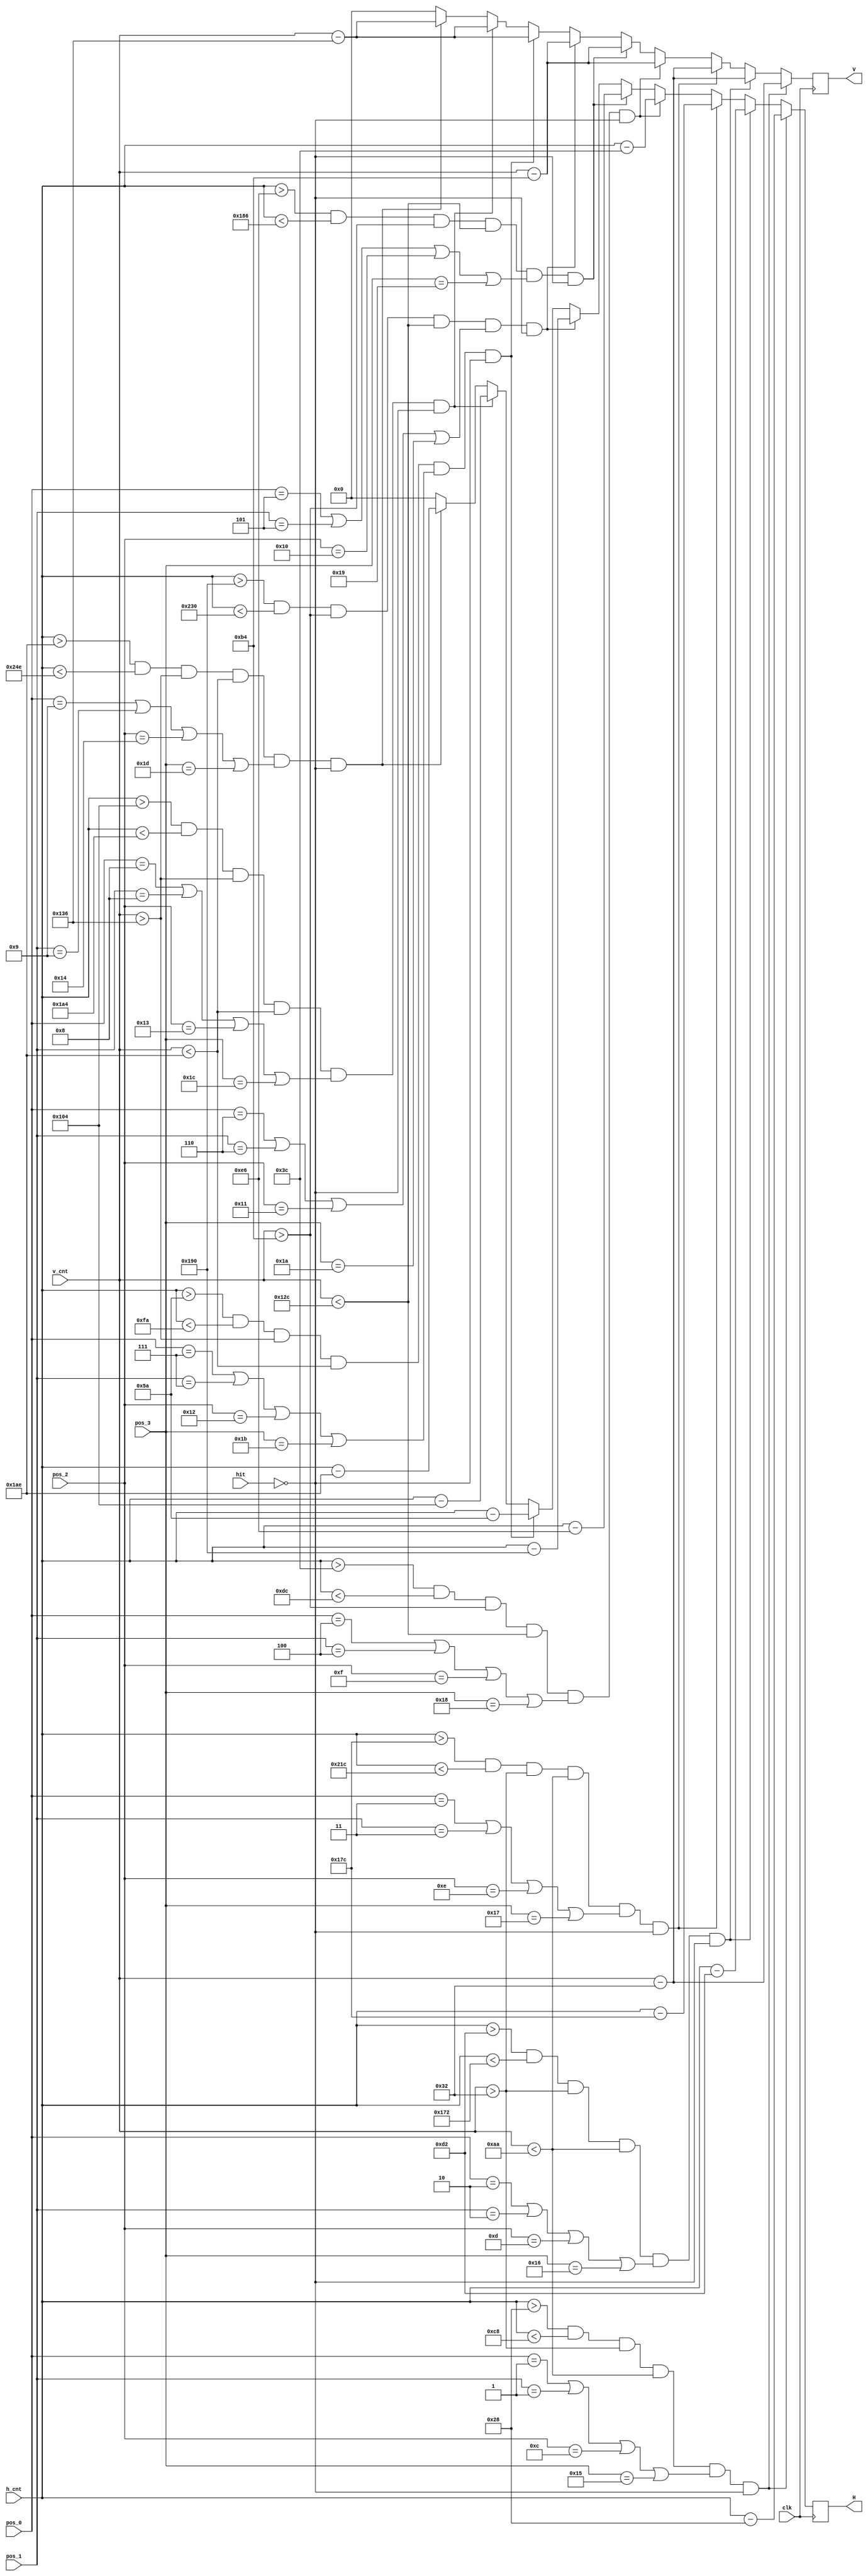
module enemy_pos (
    input clk,
    input [9:0] h_cnt,
    input [9:0] v_cnt,
    input [4:0] pos_0,
    input [4:0] pos_1,
    input [4:0] pos_2,
    input [4:0] pos_3,
    input hit,
    output reg [9:0] H,
    output reg [9:0] V
);

    reg [9:0] next_H, next_V;

    always @(posedge clk) begin
        H <= next_H;
        V <= next_V;
    end

    always @(*) begin
        // Q
        if(h_cnt > 40 && h_cnt < 200 && v_cnt > 50 && v_cnt < 170 && (pos_0 == 1 || pos_1 == 1 || pos_2 == 12 || pos_3 == 21) && !hit) begin
            next_H = h_cnt - 40;
            next_V = v_cnt - 50;
        end
        // W
        else if(h_cnt > 210 && h_cnt < 370 && v_cnt > 50 && v_cnt < 170 && (pos_0 == 2 || pos_1 == 2 || pos_2 == 13 || pos_3 == 22) && !hit) begin
            next_H = h_cnt - 210;
            next_V = v_cnt - 50;
        end
        // E
        else if(h_cnt > 380 && h_cnt < 540 && v_cnt > 50 && v_cnt < 170 && (pos_0 == 3 || pos_1 == 3 || pos_2 == 14 || pos_3 == 23) && !hit) begin
            next_H = h_cnt - 380;
            next_V = v_cnt - 50;
        end
        // A
        else if(h_cnt > 60 && h_cnt < 220 && v_cnt > 180 && v_cnt < 300 && (pos_0 == 4 || pos_1 == 4 || pos_2 == 15 || pos_3 == 24) && !hit) begin
            next_H = h_cnt - 60;
            next_V = v_cnt - 180;
        end
        // S
        else if(h_cnt > 230 && h_cnt < 390 && v_cnt > 180 && v_cnt < 300 && (pos_0 == 5 || pos_1 == 5 || pos_2 == 16 || pos_3 == 25) && !hit) begin
            next_H = h_cnt - 230;
            next_V = v_cnt - 180;
        end
        // D
        else if(h_cnt > 400 && h_cnt < 560 && v_cnt > 180 && v_cnt < 300 && (pos_0 == 6 || pos_1 == 6 || pos_2 == 17 || pos_3 == 26) && !hit) begin
            next_H = h_cnt - 400;
            next_V = v_cnt - 180;
        end
        // Z
        else if(h_cnt > 90 && h_cnt < 250 && v_cnt > 310 && v_cnt < 430 && (pos_0 == 7 || pos_1 == 7 || pos_2 == 18 || pos_3 == 27) && !hit) begin
            next_H = h_cnt - 90;
            next_V = v_cnt - 310;
        end
        // X
        else if(h_cnt > 260 && h_cnt < 420 && v_cnt > 310 && v_cnt < 430 && (pos_0 == 8 || pos_1 == 8 || pos_2 == 19 || pos_3 == 28) && !hit) begin
            next_H = h_cnt - 260;
            next_V = v_cnt - 310;
        end
        // C
        else if(h_cnt > 430 && h_cnt < 590 && v_cnt > 310 && v_cnt < 430 && (pos_0 == 9 || pos_1 == 9 || pos_2 == 20 || pos_3 == 29) && !hit) begin
            next_H = h_cnt - 430;
            next_V = v_cnt - 310;
        end
        else begin
            next_H = 0;
            next_V = 0;
        end
    end
    
endmodule